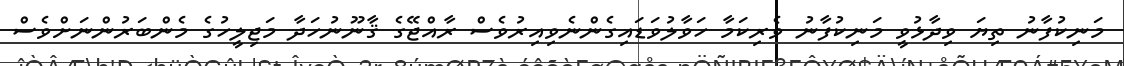
މަނިކުފާނު ތިޔަ ވިދާޅުވީ މަނިކުފާނު ވެރިކަމާ ހަވާލުވަޑައިގެންނެވިއިރުވެސް ރާއްޖޭގެ ޤާނޫނުހަދާ މަޖިލީހުގެ މެންބަރުންނަށްވެސް